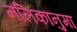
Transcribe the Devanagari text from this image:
नलिकानुमा